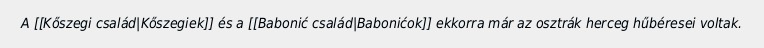
A [[Kőszegi család|Kőszegiek]] és a [[Babonić család|Babonićok]] ekkorra már az osztrák herceg hűbéresei voltak.